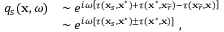
\begin{array} { r l } { q _ { s } ( \mathbf { x } , \omega ) } & { \sim e ^ { i \omega \left[ \tau ( \mathbf { x } _ { s } , \mathbf { x } ^ { * } ) + \tau ( \mathbf { x } ^ { * } , \mathbf { x } _ { \widetilde { r } } ) - \tau ( \mathbf { x } _ { \widetilde { r } } , \mathbf { x } ) \right] } } \\ & { \sim e ^ { i \omega \left[ \tau ( \mathbf { x } _ { s } , \mathbf { x } ^ { * } ) \pm \tau ( \mathbf { x } ^ { * } , \mathbf { x } ) \right] } \; , } \end{array}